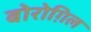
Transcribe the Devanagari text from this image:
बोरोग़िल